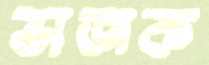
ভাজক